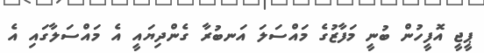
ޕީޖީ އޮފީހުން ބުނީ މަފާޒުގެ މައްސަލަ އަނބުރާ ގެންދިޔައީ އެ މައްސަލާގައި އެ